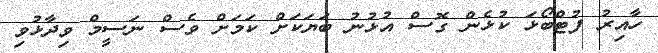
ހާއިރު ފުޓްބޯޅަ ކުޅެން ގޮސް އުޅުނު ބަޔަކަށް ކަމަށް ވެސް ނަސީމް ވިދާޅުވި